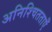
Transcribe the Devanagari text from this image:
अनिश्चितताएँ